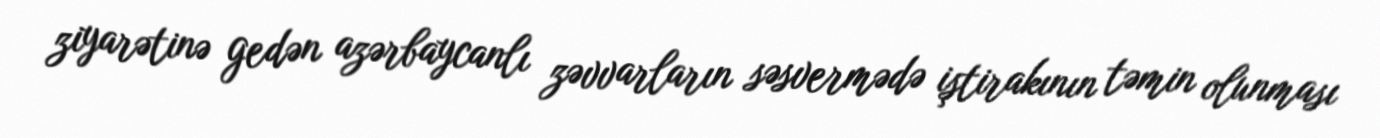
ziyarətinə gedən azərbaycanlı zəvvarların səsvermədə iştirakının təmin olunması